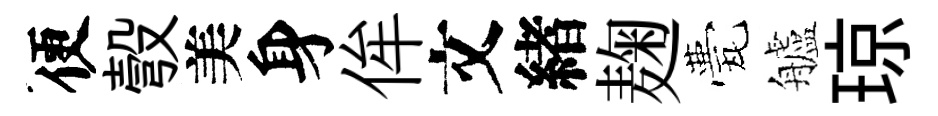
便彀美身侔文緖麹甍艫琼